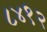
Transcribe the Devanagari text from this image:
८४१२